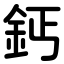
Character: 鈣